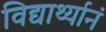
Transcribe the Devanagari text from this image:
विद्यार्थ्यानं